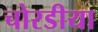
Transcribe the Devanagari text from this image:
चोरडीया